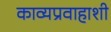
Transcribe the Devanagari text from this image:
काव्यप्रवाहाशी